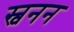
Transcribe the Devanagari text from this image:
स्वनन